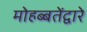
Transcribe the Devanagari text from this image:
मोहब्बतेंद्वारे